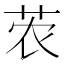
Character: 𫇽